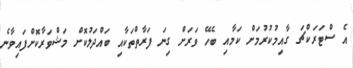
އެ ސްޓަރަކްޗަ ގާއިމުކުރުމަށް ކަމާއި ބެހޭ ވަރަށް ގިނަ ފަރާތްތަކާއި ބައްދަލުކޮށް މަޝްވަރާކޮށްފައިވާނެ